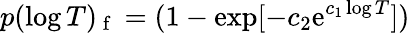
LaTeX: p(\log T)_{\mathrm{~f~}}=(1-\exp[-c_{2}\mathrm{e}^{c_{1}\log T}])